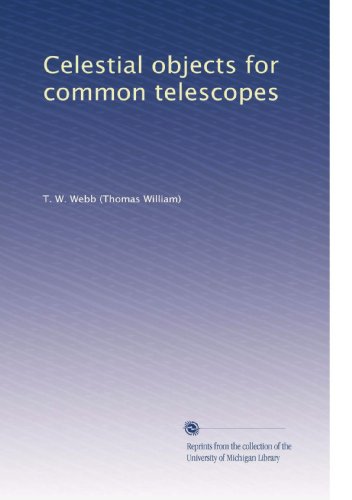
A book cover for Celestial objects for common telescopes; T. W. Webb; Science & Math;